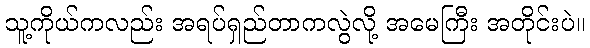
သူ့ကိုယ်ကလည်း အရပ်ရှည်တာကလွဲလို့ အမေကြီး အတိုင်းပဲ။